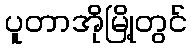
ပူတာအိုမြို့တွင်